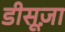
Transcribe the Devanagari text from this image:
डीसूज़ा